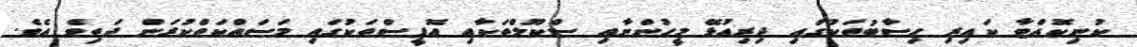
ކުނިކޮއްޓާ ކައިރި ހިސާބުތަކުގައި ދިރިއުޅޭ މީހުންނާއި ސްކޫލްތަކާއި އޮފީސްތަކުގައި މަސައްކަތްކުރަން ދަތިވެ އެވެ.